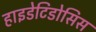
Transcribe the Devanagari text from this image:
हाइडेटिडोसिस